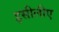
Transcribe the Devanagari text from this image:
इसीलीए